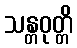
သန္တဝုတ္တိ